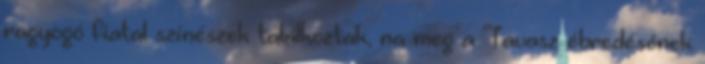
ragyogó fiatal színészek találkoztak, na meg a Tavasz ébredésének